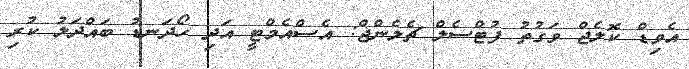
އެވިޑް ކޮލެޖް ވަގުތު ފުޓްސެލް ޗެލެންޖް: އެސްއެމްޓީ އަދި ހޯދަނޑު ބައްދަލު ކުރި